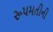
રૂપમતીની